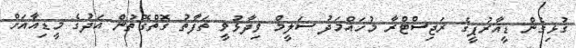
ގުޅިގެން ޑީއާރުޕީގެ ރަޖިސްޓްރާ މުހައްމަދު ސަލީމް ވިދާޅުވީ ތަފާތު ގޮތްގޮތުން އަދުގެ މީޑިއާއަށް